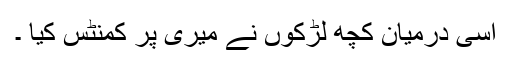
اسی درمیان کچھ لڑکوں نے میری پر کمنٹس کیا ۔